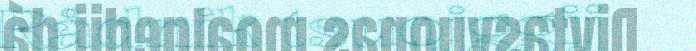
Rådnik tsuojggij